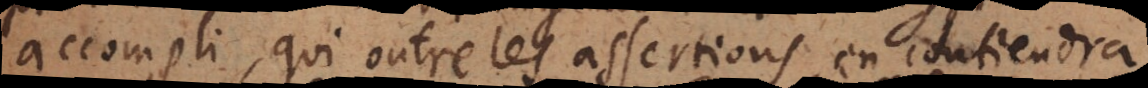
accompli, qui outre les assertions, en contiendra